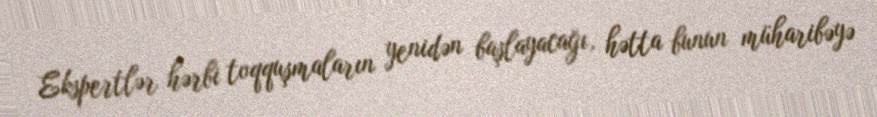
Ekspertlər hərbi toqquşmaların yenidən başlayacağı, hətta bunun müharibəyə